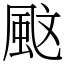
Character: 𩖰